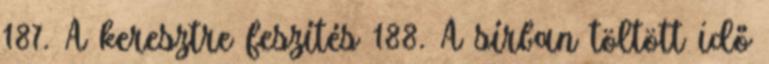
187. A keresztre feszítés 188. A sírban töltött idő